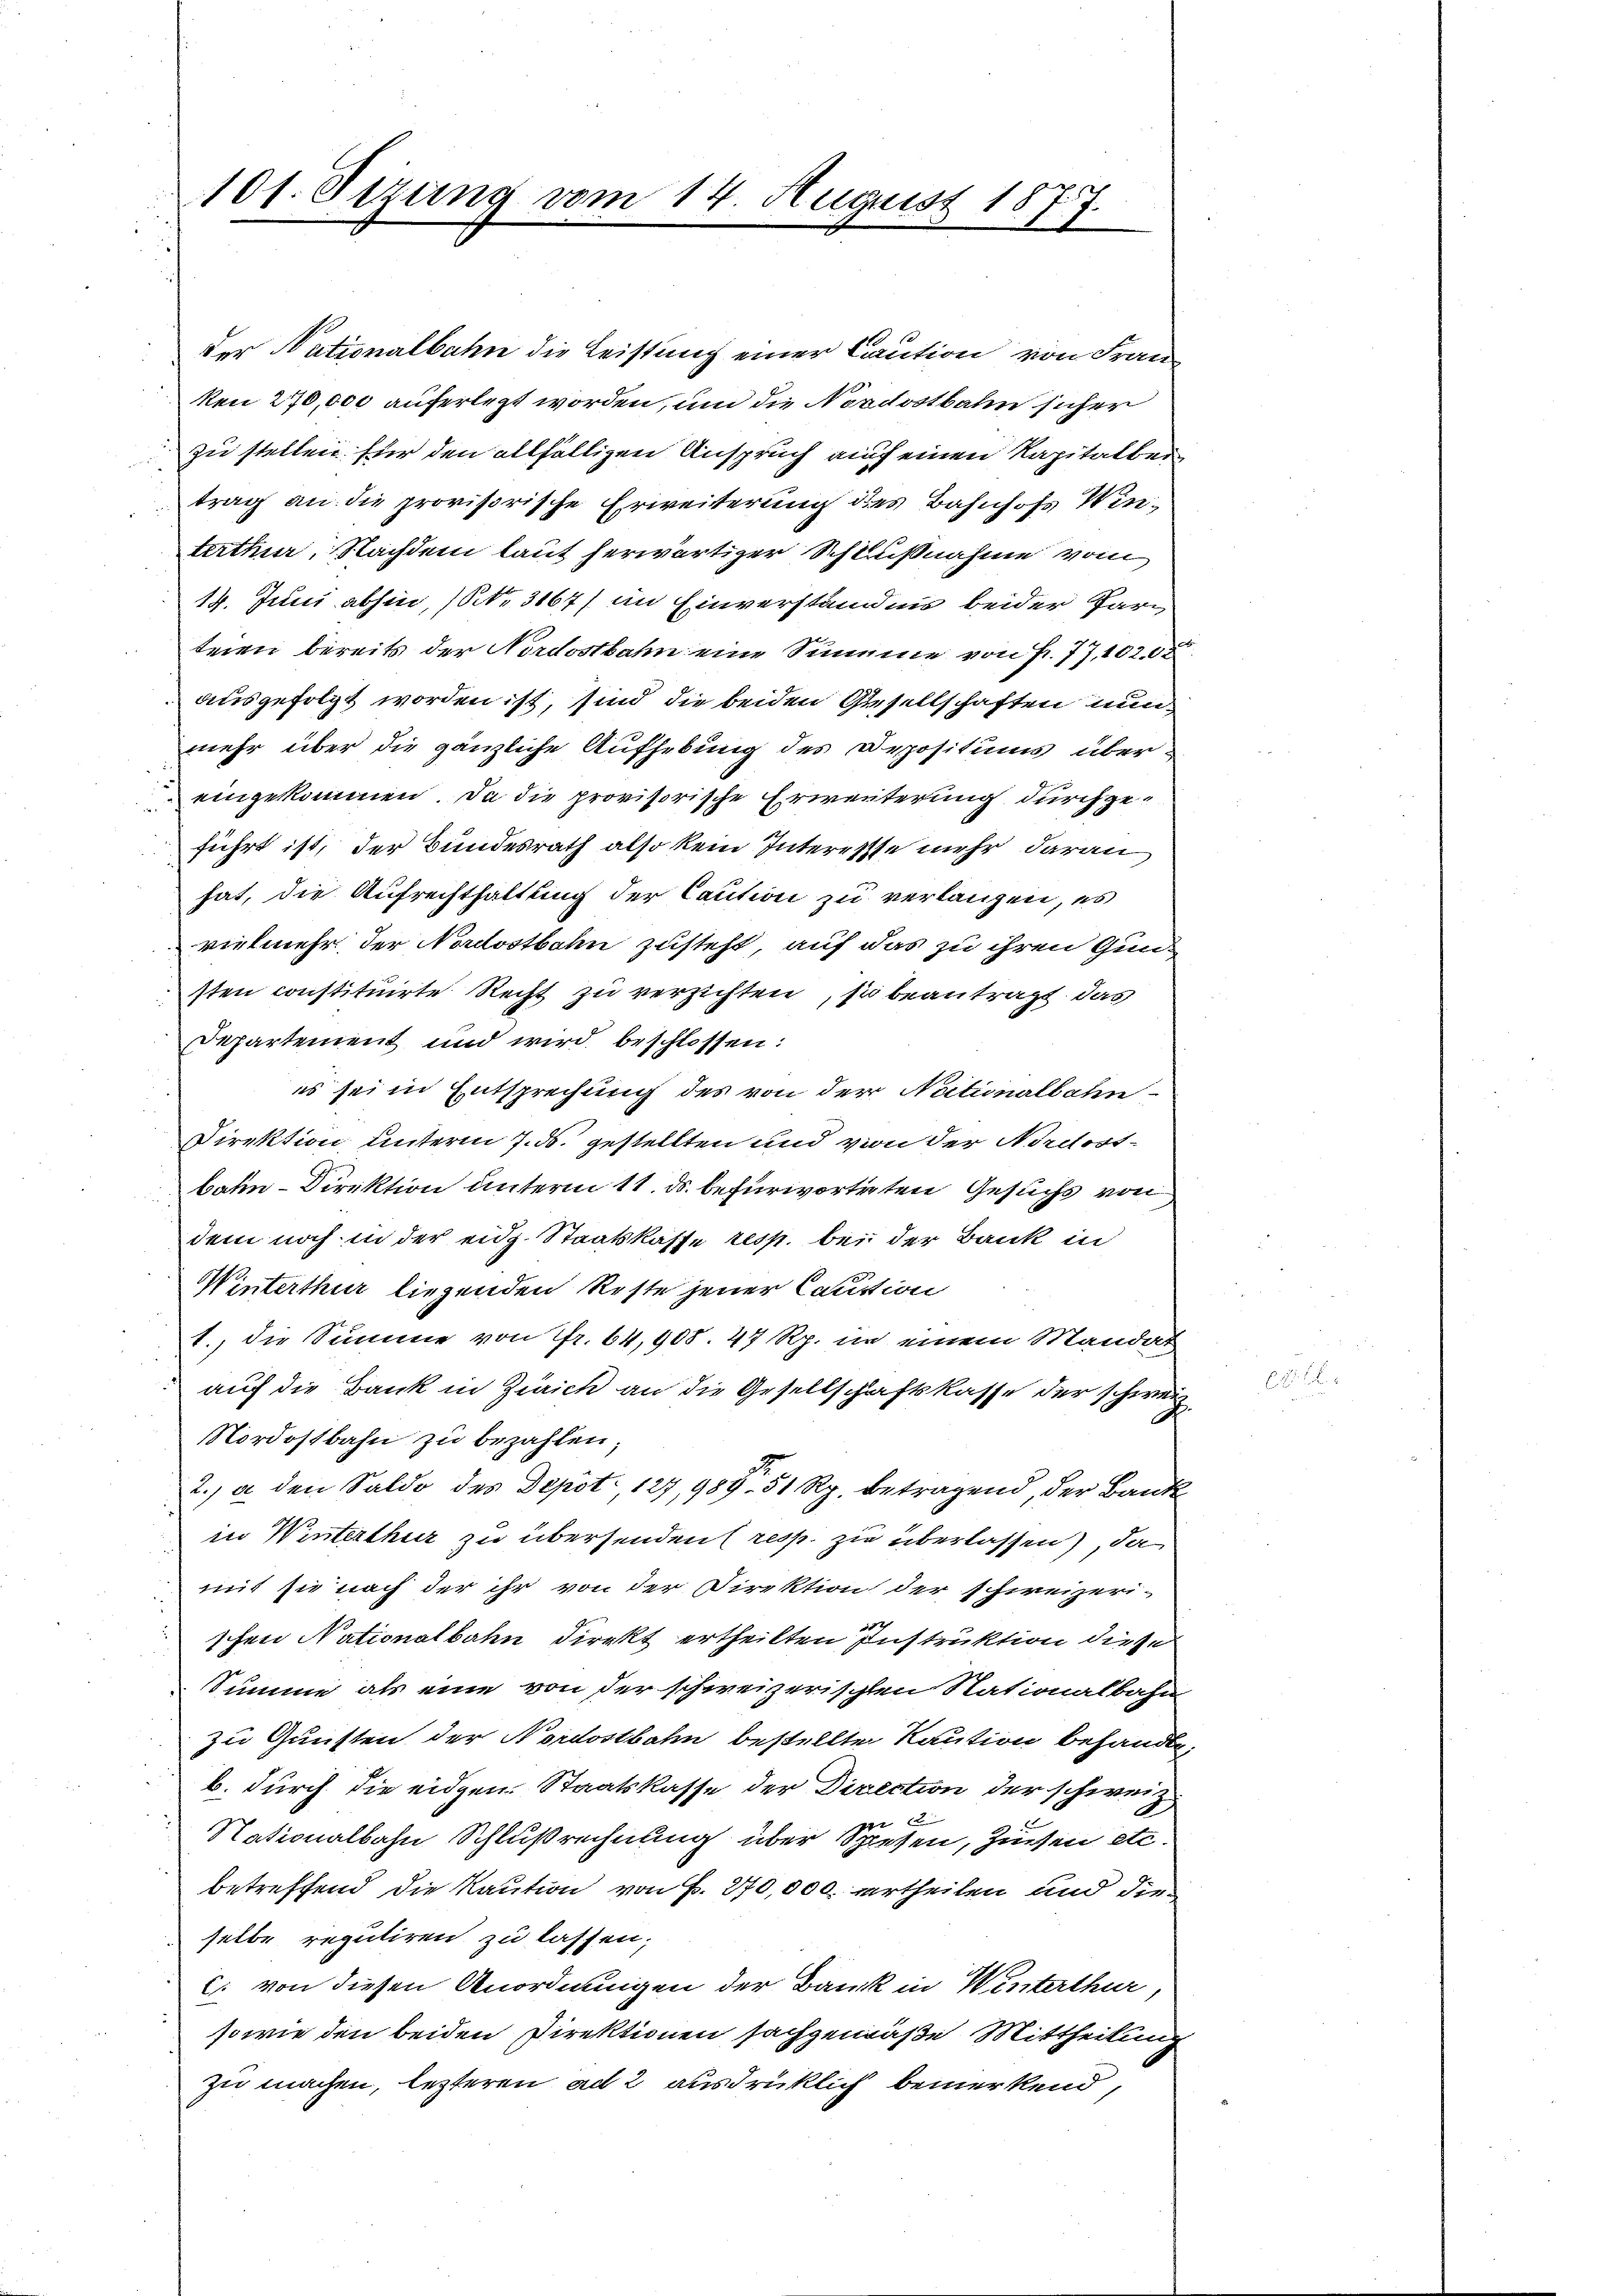
101. Sezung vom 14. August 1877.

der Nationalbahn die Leistung einer Caution von Franz
ken 270,000 auferlegt worden, und die Nordostbahn sicher
zu stellen. Für den allfälligen Anspruch auf einen Kapitalber
trag an die provisorische Erweiterung des Bahnhofs Winterthur, Nachdem laut herwärtiger Schlußnahme vom
14. Juni abhin, (Nr. 3167/ im Einverständnis beider Parteien bereits der Nordostbahn eine Simme von Fr. 77, 1020
ausgefolgt worden ist, sind die beiden Gesellschaften nunmehr über die gänzliche Aufhebung des Depositums übereingekommen. Da die provisorische Erweiterung durchgeführt ist, der Bundesrath also kein Interesste mehr daran
hat, die Aufrechthaltung der Caution zu verlangen, es
vielmehr der Nordostbahn zusteht, auf das zu ihren Gunsten constituirte Recht zu verzichten, so beantragt, das
Mpartement und wird beschlossen:
es sei in Entsprechung des von der Nationalbahn-
Direktion, unterm 7. ds. gestellten und von der Nordostbahn-Direktion unterm 11. ds. befürworteten Gesuchs von
dem noch in der eidg. Staatskasse resp. bei der Bank in
Minterthur liegenden Reste jener Caution
1., die Summe von Fr. 64,908. 47 Rp. in einem Mandat
auf die Bank in Zürich an die Gesellschaftskasse der schweiz
Nordostbahn zu bezahlen
2.) a. den Saldo des Depot., 127, 988. 51 Rp. betragend, der Bank
in Winterthur zu übersenden (resp. zu überlassen), da
mit sie nach der ihr von der Direktion der schweizeri-
schen Nationalbahn direkt ertheilten Instruktion diese
Summe als eine von der schweizerischen Nationalbahn
zu Gunsten der Nordostbahn bestellte Kaution behandle.
b. durch die eidgen. Staatskasse der Direction der schweiz.

Nationalbahn Schlußrechnung über Spiesen, Zuwen etc.
betreffend die Kaution von Fr. 270,000. ertheilen und die
selbe reputiren zu lassen;
C. von diesen Anordnungen der Bank in Winterthur
sowie den beiden Direktionen sachgemäße Mittheilung
zu machen, lezteren ad 2 ausdrüklich bemerkend,